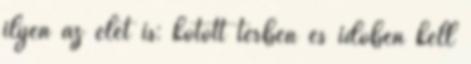
ilyen az élet is: kötött térben és időben kell